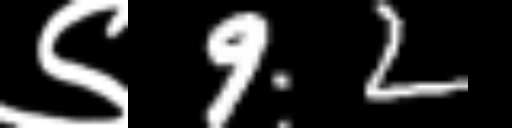
Text: ९92